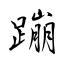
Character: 蹦